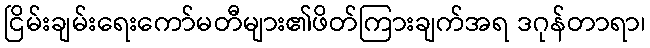
ငြိမ်းချမ်းရေးကော်မတီများ၏ဖိတ်ကြားချက်အရ ဒဂုန်တာရာ၊